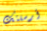
أرسلتك